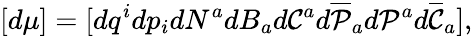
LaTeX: [d\mu]=[dq^{i}dp_{i}dN^{a}dB_{a}d{\cal C}^{a}d\overline{{{\cal P}}}_{a}d{\cal P}^{a}d\overline{{{\cal C}}}_{a}],